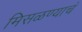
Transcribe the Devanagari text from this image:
मिसळण्याचं